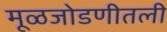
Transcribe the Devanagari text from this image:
मूळजोडणीतली